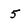
Character: 5